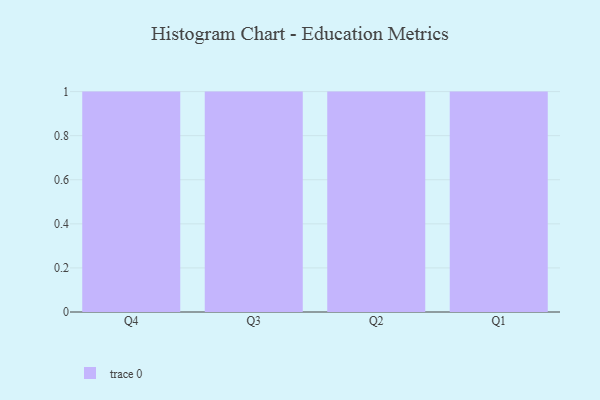
{"axis": {"x": "Quarter", "y": "Customer Acquisition Cost (USD)"}, "legend": [""], "data": [{"x": "Q4", "y": 29, "type": ""}, {"x": "Q3", "y": 67, "type": ""}, {"x": "Q2", "y": 18, "type": ""}, {"x": "Q1", "y": 45, "type": ""}]}